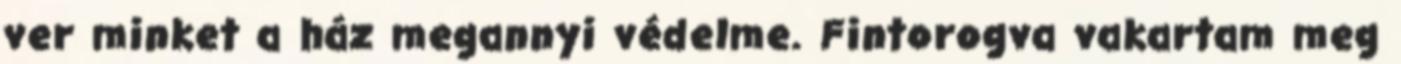
ver minket a ház megannyi védelme. Fintorogva vakartam meg